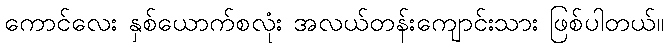
ကောင်လေး နှစ်ယောက်စလုံး အလယ်တန်းကျောင်းသား ဖြစ်ပါတယ်။